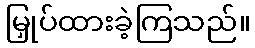
မြှုပ်ထားခဲ့ကြသည်။